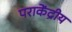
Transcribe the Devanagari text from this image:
पराकेंद्रीय